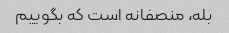
بله، منصفانه است که بگوییم